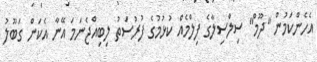
އެހެންކަމުން "ދޫމް" ސިލްސިލާގެ ފިލްމެއް ކުޅުމުގެ ފުރުސަތު ލިބިއްޖެނަމަ އޭނާ އެކަން ގަބޫލު